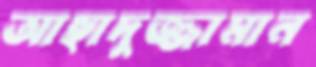
আছাদুজ্জামান